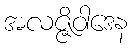
အလဇ္ဇိဝါဒေန